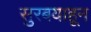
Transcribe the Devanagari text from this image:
सुरबयाहून